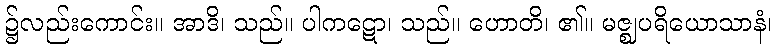
၌လည်းကောင်း။ အာဒိ၊ သည်။ ပါကဋော၊ သည်။ ဟောတိ၊ ၏။ မဇ္ဈပရိယောသာနံ၊